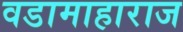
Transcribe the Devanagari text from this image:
वडामाहाराज